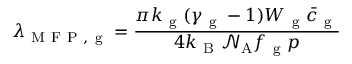
\lambda _ { \mathrm { ~ M ~ F ~ P ~ , ~ g ~ } } = \frac { \pi k _ { \mathrm { ~ g ~ } } ( \gamma _ { \mathrm { ~ g ~ } } - 1 ) W _ { \mathrm { ~ g ~ } } \bar { c } _ { \mathrm { ~ g ~ } } } { 4 k _ { \mathrm { ~ B ~ } } \mathcal { N } _ { \mathrm { A } } f _ { \mathrm { ~ g ~ } } p }